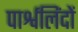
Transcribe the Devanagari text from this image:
पार्श्वलिंदों